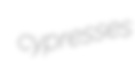
cypresses